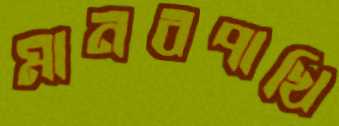
মানবপাখি